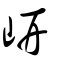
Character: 岍